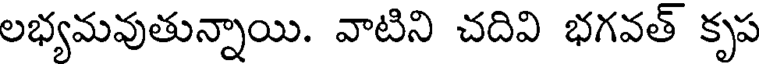
లభ్యమవుతున్నాయి. వాటిని చదివి భగవత్ కృప